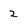
Character: 2